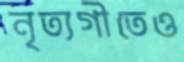
নৃত্যগীতেও